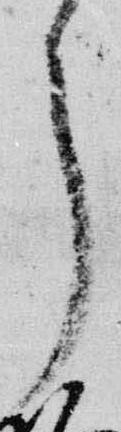
了